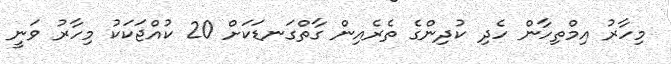
މިހާރު އިމްތިހާން ހެދި ކުދިންގެ ތެރެއިން ގާތްގަނޑަކަށް 20 ކުއްޖަކަކު މިހާރު ވަނީ